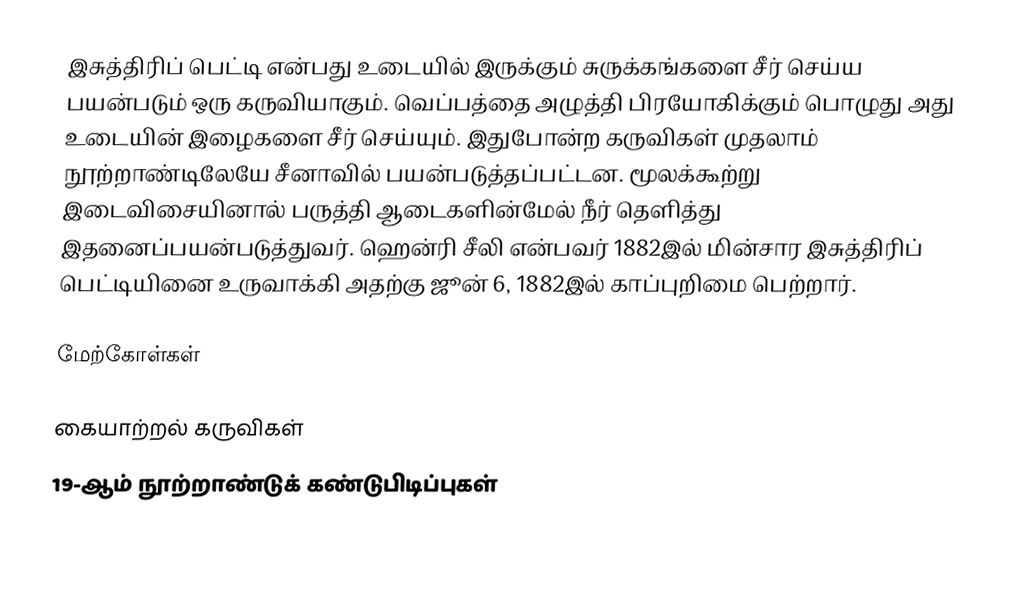
இசுத்திரிப் பெட்டி என்பது உடையில் இருக்கும் சுருக்கங்களை சீர் செய்ய பயன்படும் ஒரு கருவியாகும். வெப்பத்தை அழுத்தி பிரயோகிக்கும் பொழுது அது உடையின் இழைகளை சீர் செய்யும். இதுபோன்ற கருவிகள் முதலாம் நூற்றாண்டிலேயே சீனாவில் பயன்படுத்தப்பட்டன. மூலக்கூற்று இடைவிசையினால் பருத்தி ஆடைகளின்மேல் நீர் தெளித்து இதனைப்பயன்படுத்துவர். ஹென்ரி சீலி என்பவர் 1882இல் மின்சார இசுத்திரிப் பெட்டியினை உருவாக்கி அதற்கு ஜூன் 6, 1882இல் காப்புறிமை பெற்றார்.

மேற்கோள்கள்

கையாற்றல் கருவிகள்
19-ஆம் நூற்றாண்டுக் கண்டுபிடிப்புகள்